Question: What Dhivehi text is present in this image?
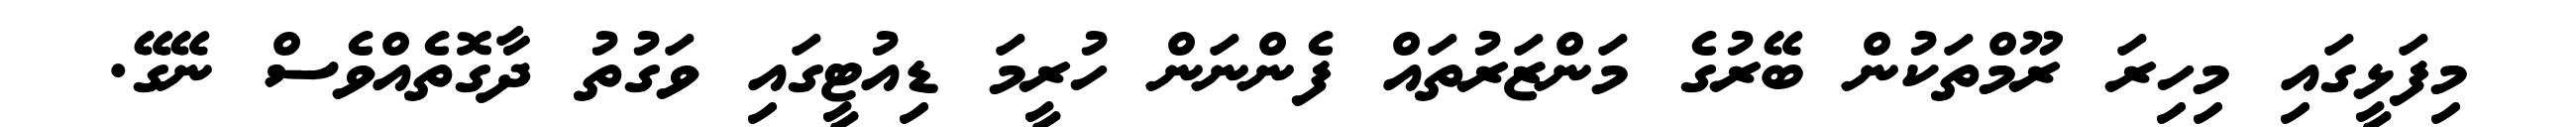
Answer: މިފަޅީގައި މިހިރަ ރޫމްތަކުން ބޭރުގެ މަންޒަރުތައް ފެންނަން ހުރީމަ ޑިއުޓީގައި ވަގުތު ދާގޮތެއްވެސް ނޭގޭ.